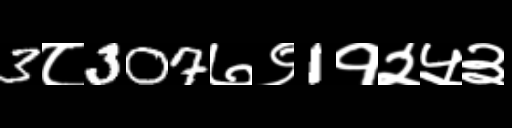
Text: 3८307७९1१२५३